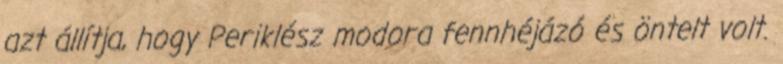
azt állítja, hogy Periklész modora fennhéjázó és öntelt volt.